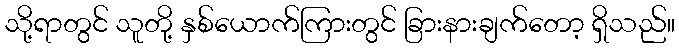
သို့ရာတွင် သူတို့ နှစ်ယောက်ကြားတွင် ခြားနားချက်တော့ ရှိသည်။